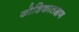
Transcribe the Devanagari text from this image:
कोशिकातक्षण